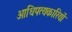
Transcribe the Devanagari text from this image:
आधिपत्यकारियों